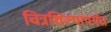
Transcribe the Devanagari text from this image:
चित्रशिल्पांपर्यंत